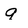
Character: g